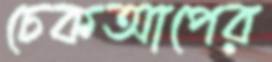
চেকআপের